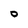
Character: 0